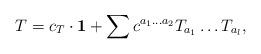
LaTeX: \begin{align*}T=c_T\cdot{\bf 1} + \sum c^{a_{1}\dots a_{2}} T_{a_{1}}\dots T_{a_{l}},\end{align*}